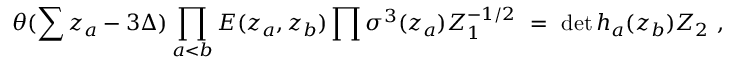
\theta ( \sum z _ { a } - 3 \Delta ) \prod _ { a < b } E ( z _ { a } , z _ { b } ) \prod \sigma ^ { 3 } ( z _ { a } ) Z _ { 1 } ^ { - 1 / 2 } ~ = ~ \operatorname * { d e t } h _ { a } ( z _ { b } ) Z _ { 2 } ~ ,